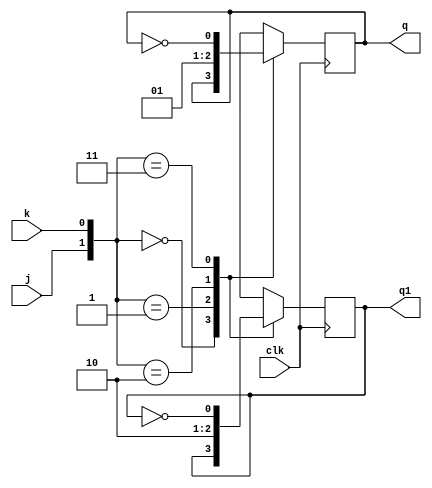
module S3A1B(j,k,clk,q,q1,);

input j,k,clk;
output reg q,q1;

initial 
begin 
q=1'b0; 
q1=1'b1; 
end

always @ (posedge clk)
begin
case({j,k})
		 {1'b0,1'b0}: begin q=q;    q1=q1;   end
		 {1'b0,1'b1}: begin q=1'b0; q1=1'b1; end
		 {1'b1,1'b0}: begin q=1'b1; q1=1'b0; end
		 {1'b1,1'b1}: begin q=~q;   q1=~q1;  end
endcase
end
endmodule